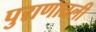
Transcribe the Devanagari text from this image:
पुराणातली